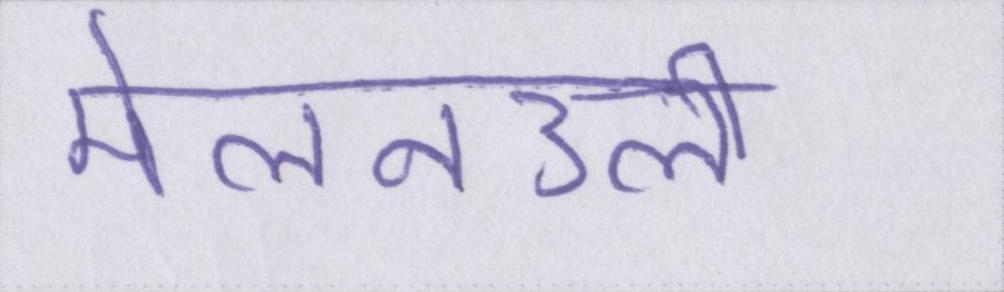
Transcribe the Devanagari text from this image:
मेलनउली